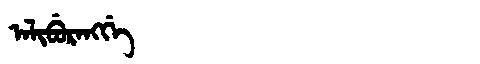
Manchu: ᠠᠯᡳᠪᡠᡵᠠᠩᡤᡝ
Romanization: ALIBURANGGE